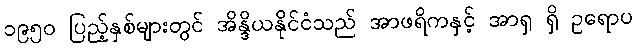
၁၉၅၀ ပြည့်နှစ်များတွင် အိန္ဒိယနိုင်ငံသည် အာဖရိကနှင့် အာရှ ရှိ ဥရောပ